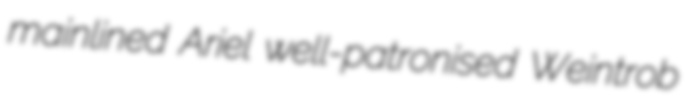
mainlined Ariel well-patronised Weintrob